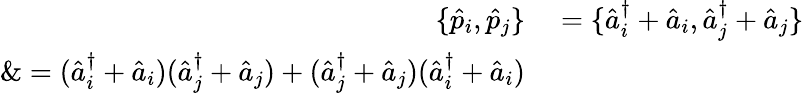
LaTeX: \begin{array}{rl}{\{ \hat{p}_{i},\hat{p}_{j}\} }&{{}=\{ \hat{a}_{i}^{\dagger}+\hat{a}_{i},\hat{a}_{j}^{\dagger}+\hat{a}_{j}\} }\\ {\& =(\hat{a}_{i}^{\dagger}+\hat{a}_{i})(\hat{a}_{j}^{\dagger}+\hat{a}_{j})+(\hat{a}_{j}^{\dagger}+\hat{a}_{j})(\hat{a}_{i}^{\dagger}+\hat{a}_{i})}\end{array}